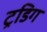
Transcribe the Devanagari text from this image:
ट्रडिग